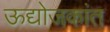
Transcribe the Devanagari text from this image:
ऊद्योजकांत